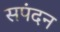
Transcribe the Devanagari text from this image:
सपंदन